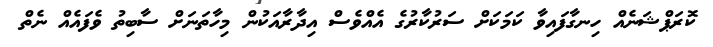
ކޮރަޕްޝަނެއް ހިނގާފައިވާ ކަމަކަށް ސަރުކާރުގެ އެއްވެސް އިދާރާއަކުން މިހާތަނަށް ސާބިތު ވެފައެއް ނެތް